Document type: Acquittal of debt
Year: 1424
Scribe: Francesc de Casanoves
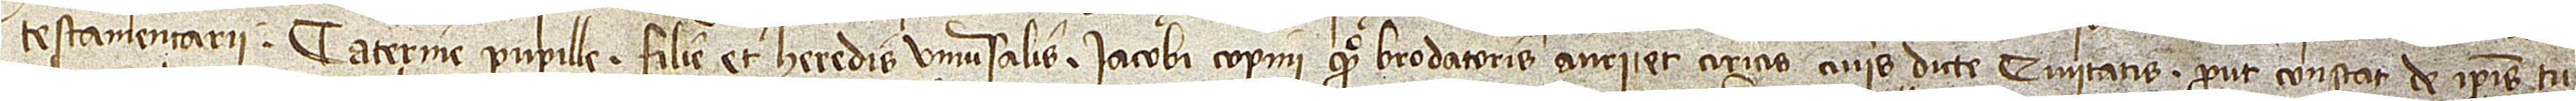
testamentarii Caterine, pupille, filie et heredis universalis Iacobi Copini, quondam, brodatoris auri et ciricis dicte civitatis, prout constat de ipsis tu-